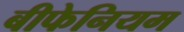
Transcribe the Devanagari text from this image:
बीफेनियम